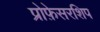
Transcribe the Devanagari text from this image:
प्रोफ़ेसरशिप